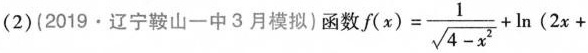
(2)(2019·辽宁鞍山一中3月模拟)函数$$f(x)= \frac{1}{\sqrt{4-x^{2}}}+ \ln(2x+$$